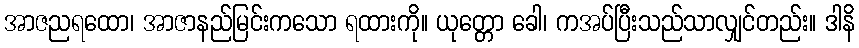
အာဇညရထော၊ အာဇာနည်မြင်းကသော ရထားကို။ ယုတ္တော ခေါ၊ ကအပ်ပြီးသည်သာလျှင်တည်း။ ဒါနိ